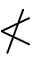
\nless